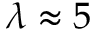
\lambda \approx 5